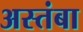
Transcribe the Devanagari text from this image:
अस्तंबा